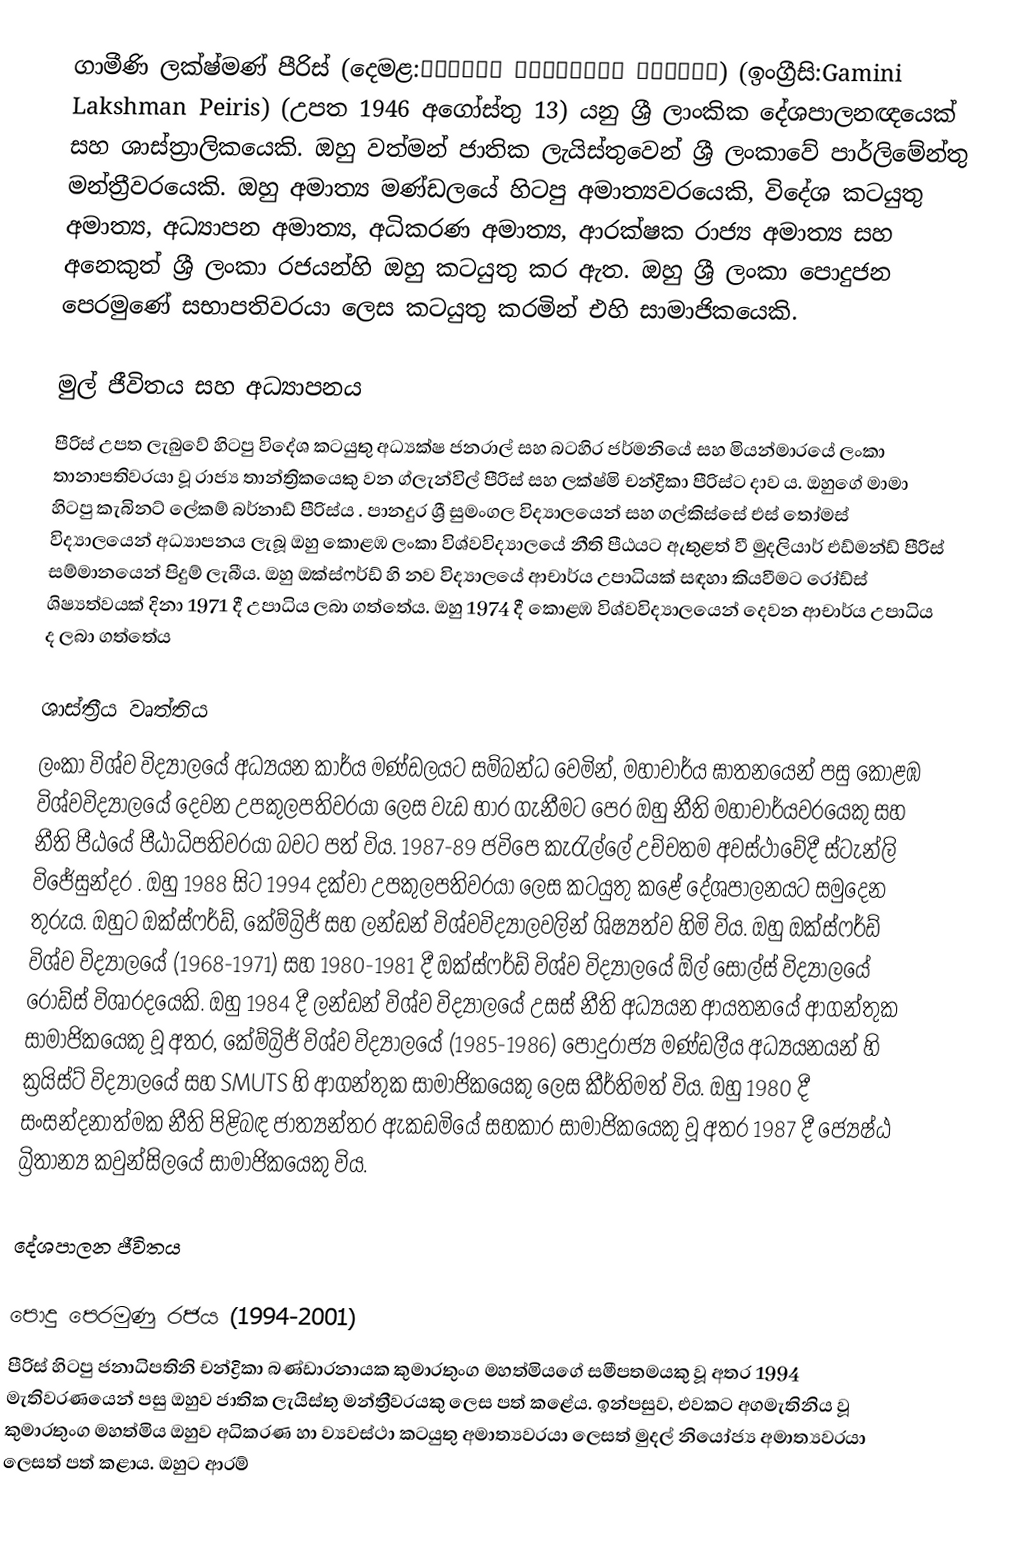
ගාමීණි ලක්ෂ්මණ් පීරිස් (දෙමළ:காமினி லக்ஷ்மன் பீரிஸ்) (ඉංග්‍රීසි:Gamini Lakshman Peiris) (උපත 1946 අගෝස්තු 13) යනු ශ්‍රී ලාංකික දේශපාලනඥයෙක් සහ ශාස්ත්‍රාලිකයෙකි. ඔහු වත්මන් ජාතික ලැයිස්තුවෙන් ශ්‍රී ලංකාවේ පාර්ලිමේන්තු මන්ත්‍රීවරයෙකි. ඔහු අමාත්‍ය මණ්ඩලයේ හිටපු අමාත්‍යවරයෙකි, විදේශ කටයුතු අමාත්‍ය, අධ්‍යාපන අමාත්‍ය, අධිකරණ අමාත්‍ය, ආරක්ෂක රාජ්‍ය අමාත්‍ය සහ අනෙකුත් ශ්‍රී ලංකා රජයන්හි ඔහු කටයුතු කර ඇත. ඔහු ශ්‍රී ලංකා පොදුජන පෙරමුණේ සභාපතිවරයා ලෙස කටයුතු කරමින් එහි සාමාජිකයෙකි.

මුල් ජීවිතය සහ අධ්‍යාපනය
පීරිස් උපත ලැබුවේ හිටපු විදේශ කටයුතු අධ්‍යක්ෂ ජනරාල් සහ බටහිර ජර්මනියේ සහ මියන්මාරයේ ලංකා තානාපතිවරයා වූ රාජ්‍ය තාන්ත්‍රිකයෙකු වන ග්ලැන්විල් පීරිස් සහ ලක්ෂ්මි චන්ද්‍රිකා පීරිස්ට දාව ය.  ඔහුගේ මාමා හිටපු කැබිනට් ලේකම් බර්නාඩ් පීරිස්ය . පානදුර ශ්‍රී සුමංගල විද්‍යාලයෙන් සහ ගල්කිස්සේ එස් තෝමස් විද්‍යාලයෙන් අධ්‍යාපනය ලැබූ ඔහු කොළඹ ලංකා විශ්වවිද්‍යාලයේ නීති පීඨයට ඇතුළත් වී මුදලියාර් එඩ්මන්ඩ් පීරිස් සම්මානයෙන් පිදුම් ලැබීය. ඔහු ඔක්ස්ෆර්ඩ් හි නව විද්‍යාලයේ ආචාර්ය උපාධියක් සඳහා කියවීමට රෝඩ්ස් ශිෂ්‍යත්වයක් දිනා 1971 දී උපාධිය ලබා ගත්තේය. ඔහු 1974 දී කොළඹ විශ්වවිද්‍යාලයෙන් දෙවන ආචාර්ය උපාධිය ද ලබා ගත්තේය

ශාස්ත්‍රීය වෘත්තිය
ලංකා විශ්ව විද්‍යාලයේ අධ්‍යයන කාර්ය මණ්ඩලයට සම්බන්ධ වෙමින්, මහාචාර්ය ඝාතනයෙන් පසු කොළඹ විශ්වවිද්‍යාලයේ දෙවන උපකුලපතිවරයා ලෙස වැඩ භාර ගැනීමට පෙර ඔහු නීති මහාචාර්යවරයෙකු සහ නීති පීඨයේ පීඨාධිපතිවරයා බවට පත් විය. 1987-89 ජවිපෙ කැරැල්ලේ උච්චතම අවස්ථාවේදී ස්ටැන්ලි විජේසුන්දර . ඔහු 1988 සිට 1994 දක්වා උපකුලපතිවරයා ලෙස කටයුතු කළේ දේශපාලනයට සමුදෙන තුරුය. ඔහුට ඔක්ස්ෆර්ඩ්, කේම්බ්‍රිජ් සහ ලන්ඩන් විශ්වවිද්‍යාලවලින් ශිෂ්‍යත්ව හිමි විය. ඔහු ඔක්ස්ෆර්ඩ් විශ්ව විද්‍යාලයේ (1968-1971) සහ 1980-1981 දී ඔක්ස්ෆර්ඩ් විශ්ව විද්‍යාලයේ ඕල් සෝල්ස් විද්‍යාලයේ රෝඩ්ස් විශාරදයෙකි. ඔහු 1984 දී ලන්ඩන් විශ්ව විද්‍යාලයේ උසස් නීති අධ්‍යයන ආයතනයේ ආගන්තුක සාමාජිකයෙකු වූ අතර, කේම්බ්‍රිජ් විශ්ව විද්‍යාලයේ (1985-1986) පොදුරාජ්‍ය මණ්ඩලීය අධ්‍යයනයන් හි ක්‍රයිස්ට් විද්‍යාලයේ සහ SMUTS හි ආගන්තුක සාමාජිකයෙකු ලෙස කීර්තිමත් විය. ඔහු 1980 දී සංසන්දනාත්මක නීති පිළිබඳ ජාත්‍යන්තර ඇකඩමියේ සහකාර සාමාජිකයෙකු වූ අතර 1987 දී ජ්‍යෙෂ්ඨ බ්‍රිතාන්‍ය කවුන්සිලයේ සාමාජිකයෙකු විය.

දේශපාලන ජීවිතය

පොදු පෙරමුණු රජය (1994-2001)
පීරිස් හිටපු ජනාධිපතිනි චන්ද්‍රිකා බණ්ඩාරනායක කුමාරතුංග මහත්මියගේ සමීපතමයකු වූ අතර 1994 මැතිවරණයෙන් පසු ඔහුව ජාතික ලැයිස්තු මන්ත්‍රීවරයකු ලෙස පත් කළේය. ඉන්පසුව, එවකට අගමැතිනිය වූ කුමාරතුංග මහත්මිය ඔහුව අධිකරණ හා ව්‍යවස්ථා කටයුතු අමාත්‍යවරයා ලෙසත් මුදල් නියෝජ්‍ය අමාත්‍යවරයා ලෙසත් පත් කළාය. ඔහුට ආරම්